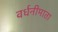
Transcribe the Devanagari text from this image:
वर्धनीमाता